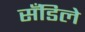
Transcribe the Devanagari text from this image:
सँडिले